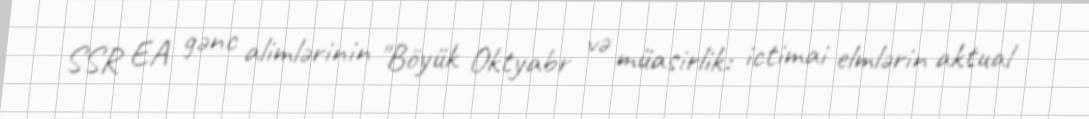
SSR EA gənc alimlərinin "Böyük Oktyabr və müasirlik: ictimai elmlərin aktual